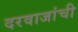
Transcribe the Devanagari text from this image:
दरवाजांची